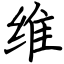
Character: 维